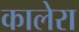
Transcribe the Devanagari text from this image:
कालेरा